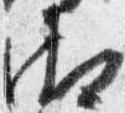
御